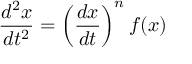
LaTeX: { \frac { d ^ { 2 } x } { d t ^ { 2 } } } = \left( { \frac { d x } { d t } } \right) ^ { n } f ( x )